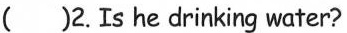
()2.Is he drinking water?